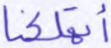
أتهلكنا